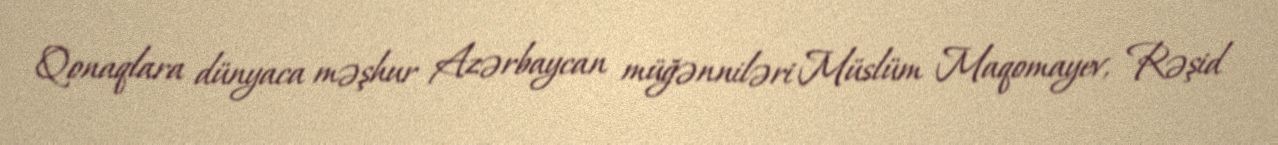
Qonaqlara dünyaca məşhur Azərbaycan müğənniləri Müslüm Maqomayev, Rəşid